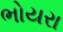
ભોયરા